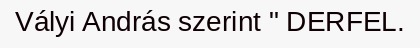
Vályi András szerint " DERFEL.